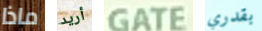
ماذا أريد GATE بقدري